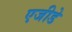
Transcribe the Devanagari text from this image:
एजीडे